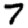
Digit: 7